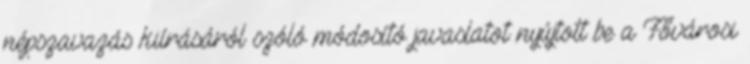
népszavazás kiírásáról szóló módosító javaslatot nyújtott be a Fővárosi